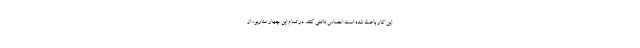
این کار باعث شده است احساس ناامنی کنند. در تمام این چهار سناریو، از